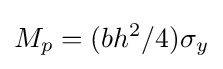
M_{p}=(bh^{2}/4)\sigma _{y}